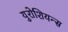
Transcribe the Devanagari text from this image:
युरोशियन्स